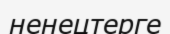
ненецтерге